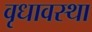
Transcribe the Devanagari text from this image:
वृधावस्था